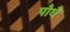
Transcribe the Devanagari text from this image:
पौधै